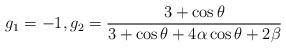
LaTeX: \begin{align*}g_1=-1,g_2=\frac{3+\cos \theta}{3+\cos \theta+4\alpha\cos \theta+2\beta}\end{align*}